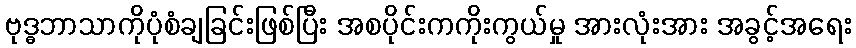
ဗုဒ္ဓဘာသာကိုပုံစံချခြင်းဖြစ်ပြီး အစပိုင်းကကိုးကွယ်မှု အားလုံးအား အခွင့်အရေး